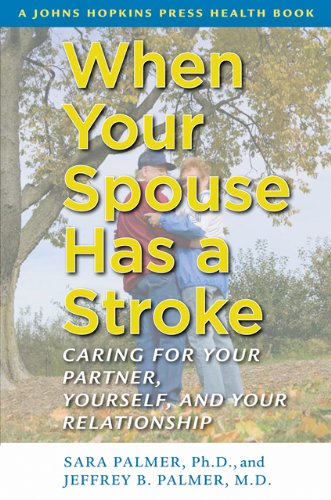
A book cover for When Your Spouse Has a Stroke: Caring for Your Partner, Yourself, and Your Relationship (A Johns Hopkins Press Health Book); Sara Palmer; Health, Fitness & Dieting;